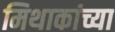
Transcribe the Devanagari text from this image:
मिथाकांच्या